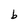
Character: b